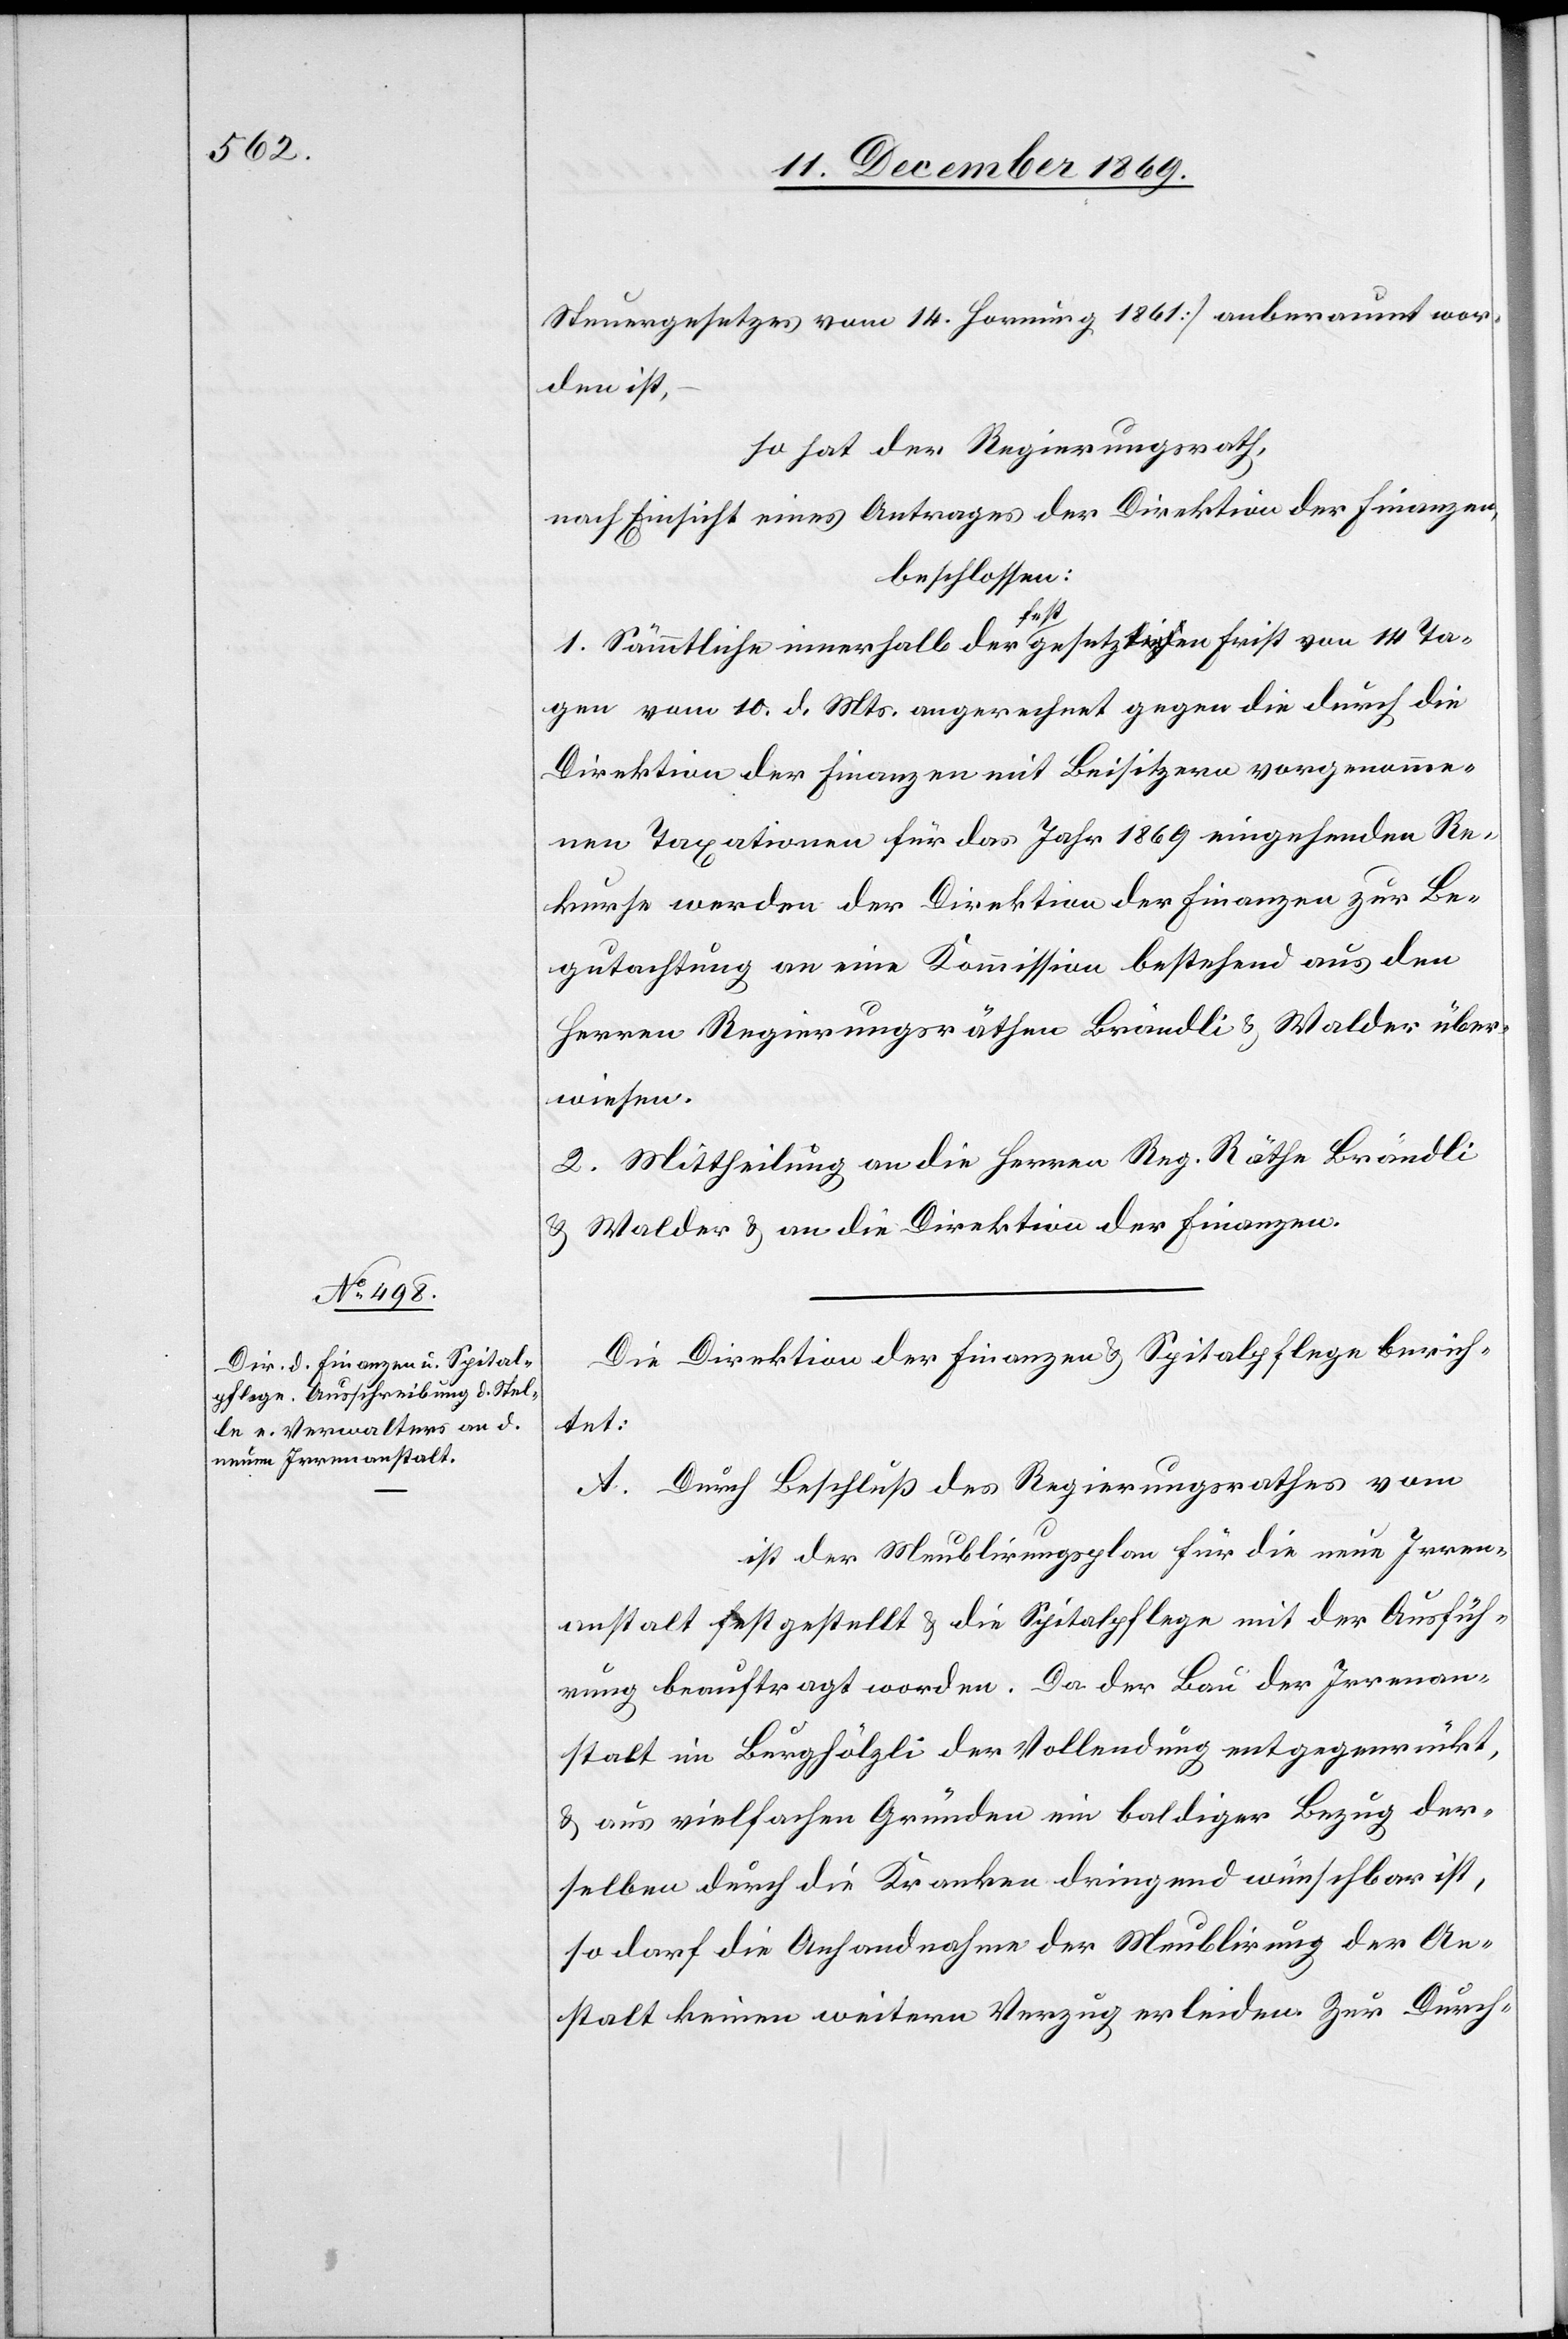
Steuergesetzes vom 14. Hornung 1861] anberaumt wor¬
den ist,
so hat der Regierungsrath,
nach Einsicht eines Antrages der Direktion der Finanzen,
beschlossen:
1. Sämmtliche innerhalb der festgesetzten Frist von 14 Ta¬
gen vom 10. d. Mts. angerechnet gegen die durch die
Direktion der Finanzen mit Beisitzern vorgenomme¬
nen Taxationen für das Jahr 1869 eingehenden Re¬
kurse werden der Direktion der Finanzen zur Be¬
gutachtung an eine Kommission bestehend aus den
Herren Regierungsräthen Brändli & Walder über¬
wiesen.
2. Mittheilung an die Herren Reg. Räthe Brändli
& Walder & an die Direktion der Finanzen.
Die Direktion der Finanzen & Spitalpflege berich¬
tet:
A. Durch Beschluß des Regierungsrathes vom
ist der Meublirungsplan für die neue Irren¬
anstalt festgestellt & die Spitalpflege mit der Ausfüh¬
rung beauftragt worden. Da der Bau der Irrenan¬
stalt im Berghölzli der Vollendung entgegenrückt,
& aus vielfachen Gründen ein baldiger Bezug der¬
selben durch die Kranken dringend wünschbar ist,
so darf die Anhandnahme der Meublirung der An¬
stalt keinen weitern Verzug erleiden. Zur Durch-